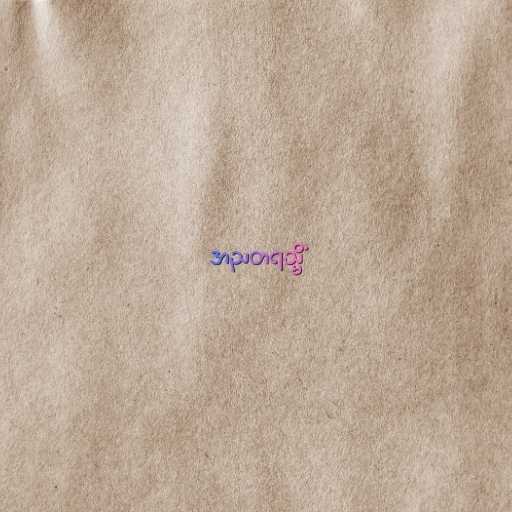
အညတရသ္မိံ